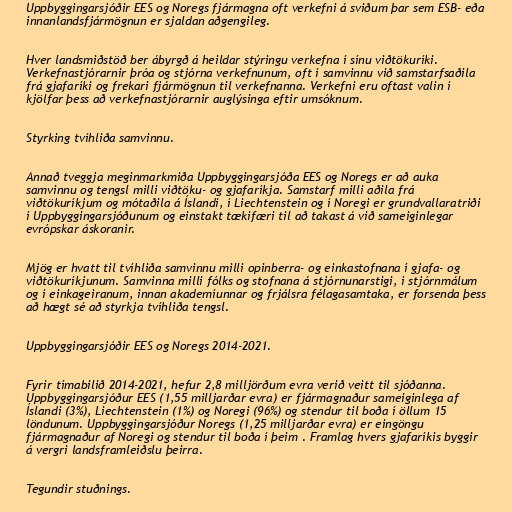
Uppbyggingarsjóðir EES og Noregs fjármagna oft verkefni á sviðum þar sem ESB- eða
innanlandsfjármögnun er sjaldan aðgengileg.

Hver landsmiðstöð ber ábyrgð á heildar stýringu verkefna í sínu viðtökuríki.
Verkefnastjórarnir þróa og stjórna verkefnunum, oft í samvinnu við samstarfsaðila
frá gjafaríki og frekari fjármögnun til verkefnanna. Verkefni eru oftast valin í
kjölfar þess að verkefnastjórarnir auglýsinga eftir umsóknum.

Styrking tvíhliða samvinnu.

Annað tveggja meginmarkmiða Uppbyggingarsjóða EES og Noregs er að auka
samvinnu og tengsl milli viðtöku- og gjafaríkja. Samstarf milli aðila frá
viðtökuríkjum og mótaðila á Íslandi, í Liechtenstein og í Noregi er grundvallaratriði
í Uppbyggingarsjóðunum og einstakt tækifæri til að takast á við sameiginlegar
evrópskar áskoranir.

Mjög er hvatt til tvíhliða samvinnu milli opinberra- og einkastofnana í gjafa- og
viðtökuríkjunum. Samvinna milli fólks og stofnana á stjórnunarstigi, í stjórnmálum
og í einkageiranum, innan akademíunnar og frjálsra félagasamtaka, er forsenda þess
að hægt sé að styrkja tvíhliða tengsl.

Uppbyggingarsjóðir EES og Noregs 2014-2021.

Fyrir tímabilið 2014-2021, hefur 2,8 milljörðum evra verið veitt til sjóðanna.
Uppbyggingarsjóður EES (1,55 milljarðar evra) er fjármagnaður sameiginlega af
Íslandi (3%), Liechtenstein (1%) og Noregi (96%) og stendur til boða í öllum 15
löndunum. Uppbyggingarsjóður Noregs (1,25 milljarðar evra) er eingöngu
fjármagnaður af Noregi og stendur til boða í þeim . Framlag hvers gjafaríkis byggir
á vergri landsframleiðslu þeirra.

Tegundir stuðnings.